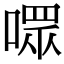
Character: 𪢊